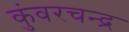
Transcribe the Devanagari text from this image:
कुंवरचन्द्र